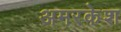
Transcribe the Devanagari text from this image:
अमरकेश